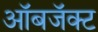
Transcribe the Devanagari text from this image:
ऑबजॅक्ट